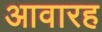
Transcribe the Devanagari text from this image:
आवारह